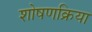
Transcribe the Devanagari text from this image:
शोषणक्रिया